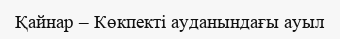
Қайнар – Көкпекті ауданындағы ауыл